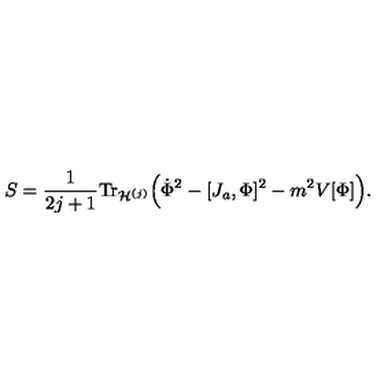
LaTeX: S = \frac { 1 } { 2 j + 1 } \mathrm { T r } _ { { \cal H } ^ { ( j ) } } \Big ( \dot { \Phi } ^ { 2 } - [ J _ { a } , \Phi ] ^ { 2 } - m ^ { 2 } V [ \Phi ] \Big ) .